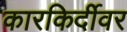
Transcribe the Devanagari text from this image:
कारकिर्दीवर